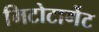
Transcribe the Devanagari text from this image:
मिटोटार्गेट